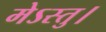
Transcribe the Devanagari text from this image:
मेऽस्तु।